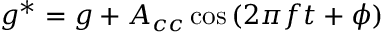
g ^ { * } = g + A _ { c c } \cos { ( 2 \pi f t + \phi ) }